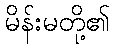
မိန်းမတို့၏